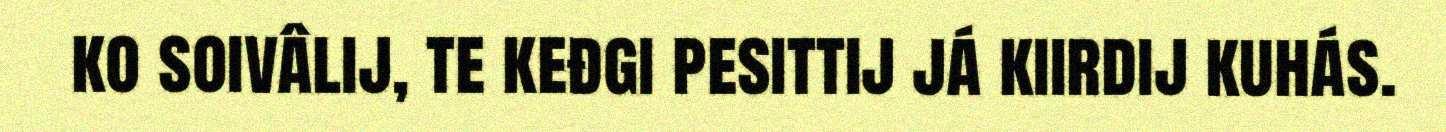
ko soivâlij, te keđgi pesittij já kiirdij kuhás.